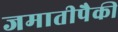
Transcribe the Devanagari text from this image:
जमातीपैकी